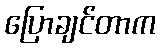
ပြောချင်တာက